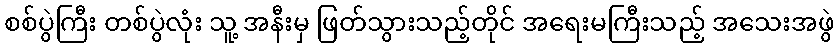
စစ်ပွဲကြီး တစ်ပွဲလုံး သူ့ အနီးမှ ဖြတ်သွားသည့်တိုင် အရေးမကြီးသည့် အသေးအဖွဲ